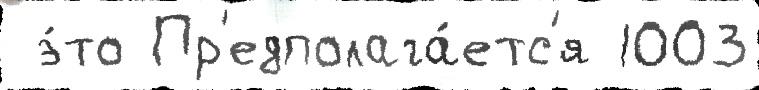
 э́то Пр'едполага́етс'я 1003